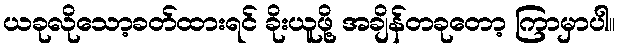
ယခုလိုသော့ခတ်ထားရင် ခိုးယူဖို့ အချိန်တခုတော့ ကြာမှာပါ။